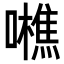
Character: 𡃼